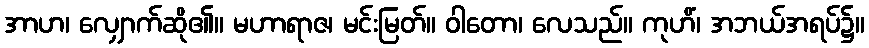
အာဟ၊ လျှောက်ဆို၏။ မဟာရာဇ၊ မင်းမြတ်။ ဝါတော၊ လေသည်။ ကုဟိံ၊ အဘယ်အရပ်၌။